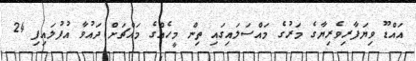
އައްޑޫ ވިޔަފާރިވެރިޔާގެ މަރުގެ މައްސަލައިގައި ތިން މީހެއްގެ މައްޗަށް ދައުވާ އުފުލައިފި 24